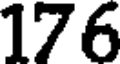
176